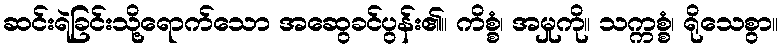
ဆင်းရဲခြင်းသို့ရောက်သော အဆွေခင်ပွန်း၏။ ကိစ္စံ၊ အမှုကို။ သက္ကစ္စံ၊ ရိုသေစွာ။